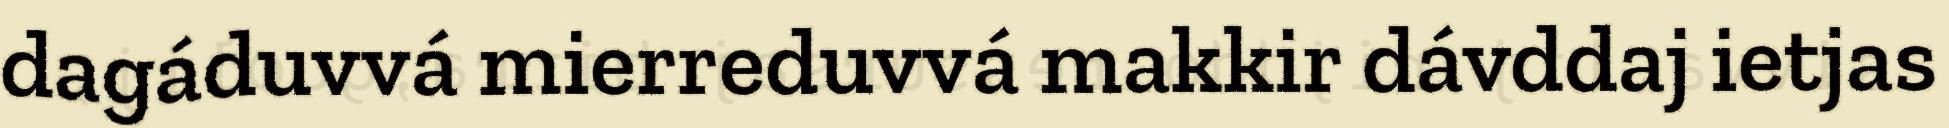
dagáduvvá mierreduvvá makkir dávddaj ietjas